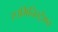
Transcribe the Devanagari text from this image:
एउमिनिस्ट्रेशन